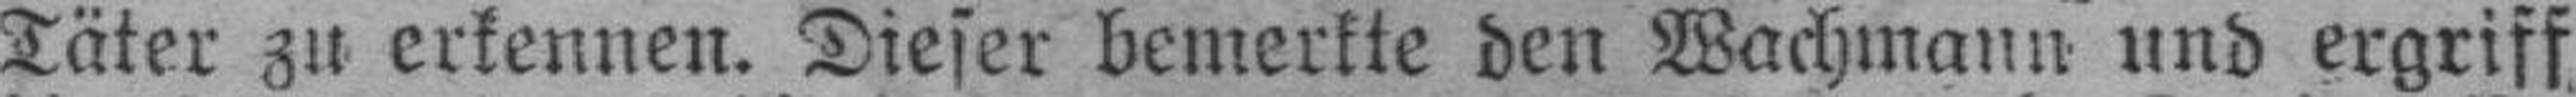
Täter zu erkennen. Dieser bemerkte den Wachmann und ergriff